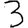
Digit: 3